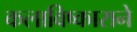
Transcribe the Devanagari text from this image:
कलाविष्काराने